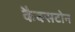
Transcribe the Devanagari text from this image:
कैक्सटोन